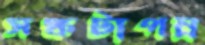
সঙ্কটাপন্ন